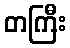
တကြီး